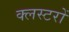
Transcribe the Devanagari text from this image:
क्लस्टरों